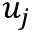
u _ { j }